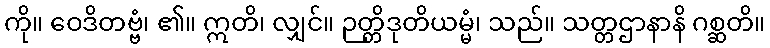
ကို။ ဝေဒိတဗ္ဗံ၊ ၏။ ဣတိ၊ လျှင်။ ဉတ္တိဒုတိယမ္မံ၊ သည်။ သတ္တဌာနာနိ ဂစ္ဆတိ။